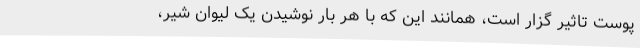
پوست تاثیر گزار است، همانند این که با هر بار نوشیدن یک لیوان شیر،